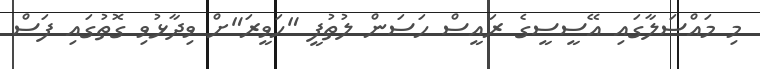
މި މައްސަލާގައި އޭސީސީގެ ރައީސް ހަސަން ލުތުފީ "ހަވީރަ"ށް ވިދާޅުވި ގޮތުގައި ފަސް